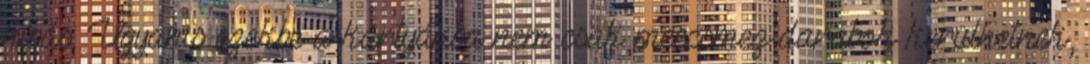
hibás. Ugyanis ezekbe a kártyákba nem csak meccsmez-darabok kerülhetnek,